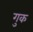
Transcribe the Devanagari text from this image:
गुक